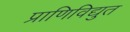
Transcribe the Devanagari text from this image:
प्राणिविद्युत